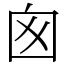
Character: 囪